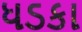
ધડકા